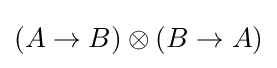
(A\rightarrow B)\otimes (B\rightarrow A)